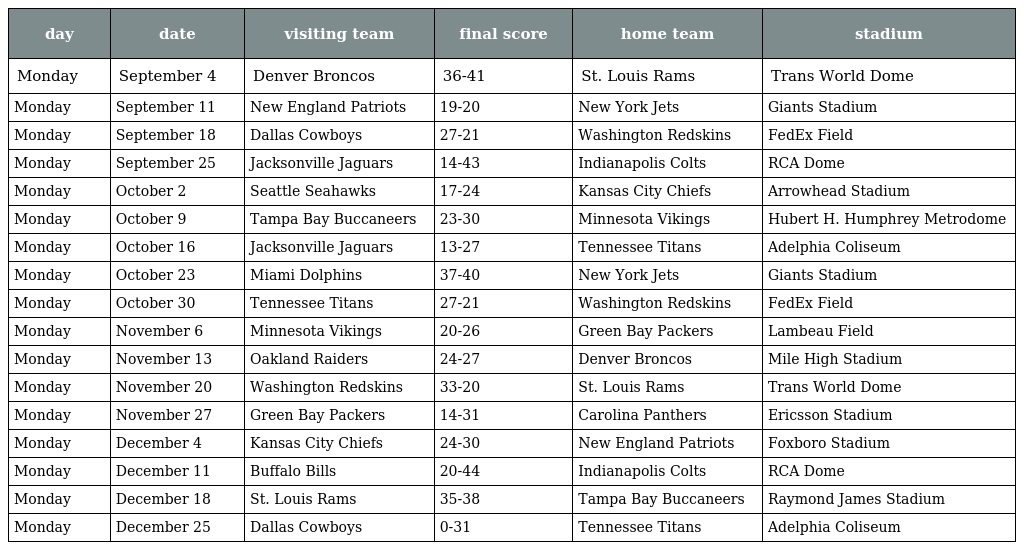
| day | date | visiting team | final score | home team | stadium |
 | --- | --- | --- | --- | --- | --- |
 | Monday | September 4 | Denver Broncos | 36-41 | St. Louis Rams | Trans World Dome |
 | Monday | September 11 | New England Patriots | 19-20 | New York Jets | Giants Stadium |
 | Monday | September 18 | Dallas Cowboys | 27-21 | Washington Redskins | FedEx Field |
 | Monday | September 25 | Jacksonville Jaguars | 14-43 | Indianapolis Colts | RCA Dome |
 | Monday | October 2 | Seattle Seahawks | 17-24 | Kansas City Chiefs | Arrowhead Stadium |
 | Monday | October 9 | Tampa Bay Buccaneers | 23-30 | Minnesota Vikings | Hubert H. Humphrey Metrodome |
 | Monday | October 16 | Jacksonville Jaguars | 13-27 | Tennessee Titans | Adelphia Coliseum |
 | Monday | October 23 | Miami Dolphins | 37-40 | New York Jets | Giants Stadium |
 | Monday | October 30 | Tennessee Titans | 27-21 | Washington Redskins | FedEx Field |
 | Monday | November 6 | Minnesota Vikings | 20-26 | Green Bay Packers | Lambeau Field |
 | Monday | November 13 | Oakland Raiders | 24-27 | Denver Broncos | Mile High Stadium |
 | Monday | November 20 | Washington Redskins | 33-20 | St. Louis Rams | Trans World Dome |
 | Monday | November 27 | Green Bay Packers | 14-31 | Carolina Panthers | Ericsson Stadium |
 | Monday | December 4 | Kansas City Chiefs | 24-30 | New England Patriots | Foxboro Stadium |
 | Monday | December 11 | Buffalo Bills | 20-44 | Indianapolis Colts | RCA Dome |
 | Monday | December 18 | St. Louis Rams | 35-38 | Tampa Bay Buccaneers | Raymond James Stadium |
 | Monday | December 25 | Dallas Cowboys | 0-31 | Tennessee Titans | Adelphia Coliseum |